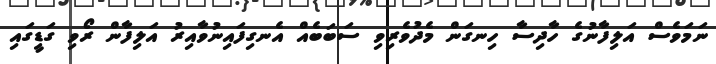
ނަމަވެސް އަލިފާނުގެ ހާދިސާ ހިނގަން މެދުވެރިވި ސަބަބެއް އެނގިފައިނުވާއިރު އަލިފާން ރޯވި ގަޑީގައި